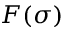
F ( \sigma )